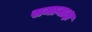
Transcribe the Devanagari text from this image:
समानाक्ष